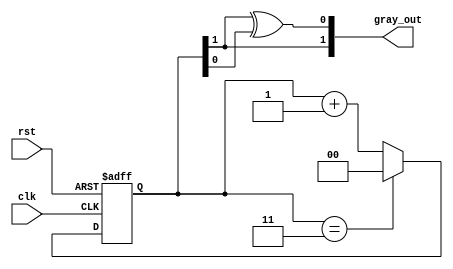
module gray_code_counter (
    input wire clk,         // Clock signal
    input wire rst,         // Asynchronous reset signal
    output reg [1:0] gray_out // 2-bit Gray Code output
);

    reg [1:0] binary_counter; // 2-bit binary counter

    // Function to convert binary to Gray Code
    function [1:0] binary_to_gray;
        input [1:0] binary;
        begin
            binary_to_gray[1] = binary[1]; // MSB remains the same
            binary_to_gray[0] = binary[1] ^ binary[0]; // XOR for lower bit
        end
    endfunction

    // Always block for counter logic
    always @(posedge clk or posedge rst) begin
        if (rst) begin
            binary_counter <= 2'b00; // Reset to binary 0
        end else begin
            // Increment binary counter
            binary_counter <= binary_counter + 1;
            // Wrap around if it exceeds max value (3 for 2-bit counter)
            if (binary_counter == 2'b11) begin
                binary_counter <= 2'b00; // Wrap around to zero
            end
        end
    end

    // Assign Gray Code output
    always @(*) begin
        gray_out = binary_to_gray(binary_counter); // Convert to Gray Code
    end

endmodule